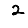
Digit: 2